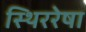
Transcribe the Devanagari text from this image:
स्थिररेषा